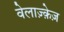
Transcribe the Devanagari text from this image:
वेलाज़्क़ेज़